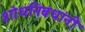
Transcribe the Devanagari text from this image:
शोधनिबंधांनी